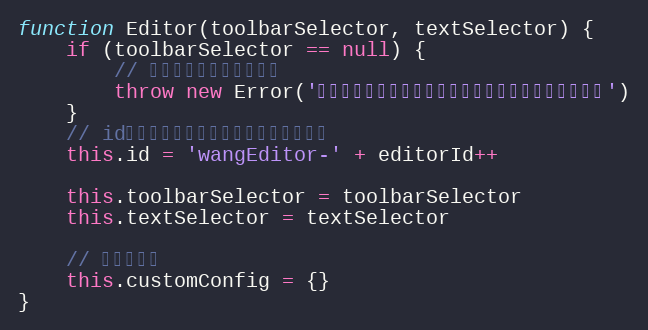
Language: JavaScript
function Editor(toolbarSelector, textSelector) {
    if (toolbarSelector == null) {
        // 没有传入任何参数，报错
        throw new Error('错误：初始化编辑器时候未传入任何参数，请查阅文档')
    }
    // id，用以区分单个页面不同的编辑器对象
    this.id = 'wangEditor-' + editorId++

    this.toolbarSelector = toolbarSelector
    this.textSelector = textSelector

    // 自定义配置
    this.customConfig = {}
}